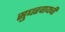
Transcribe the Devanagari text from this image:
सुधरवायची